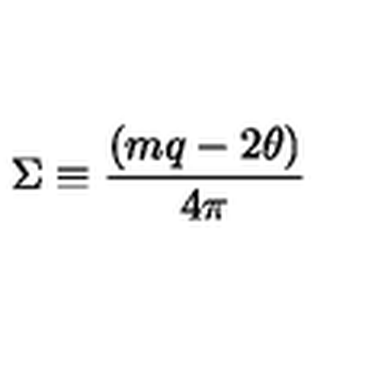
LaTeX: \Sigma \equiv { \frac { ( m q - 2 \theta ) } { 4 \pi } }